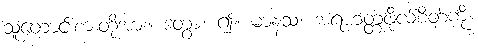
သူတောင်းစားတို့အား။ ဒတွာ၊ ၍။ မာနသံ၊ အရဟတ္တဖိုလ်စိတ်ကို။